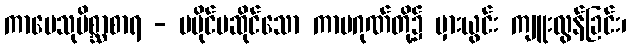
ကာမေသုမိစ္ဆာစာရ - မပိုင်မဆိုင်သော ကာမဂုဏ်တို့၌ မှားယွင်း ကျူးလွန်ခြင်း၊